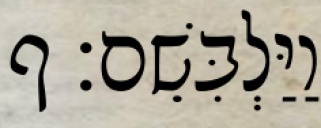
וַיַּלְבִּשֵׁם׃ ף